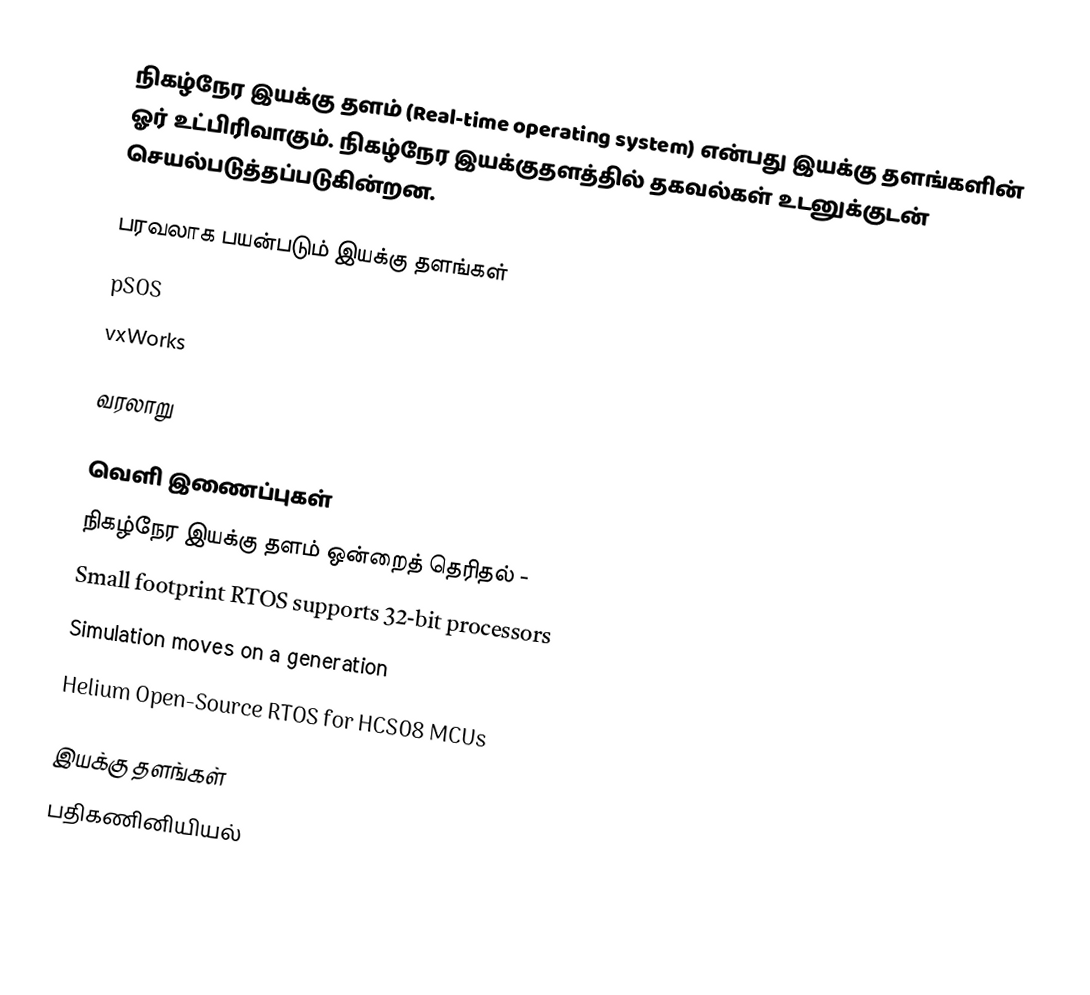
நிகழ்நேர இயக்கு தளம் (Real-time operating system) என்பது இயக்கு தளங்களின் ஓர் உட்பிரிவாகும்.  நிகழ்நேர இயக்குதளத்தில் தகவல்கள் உடனுக்குடன் செயல்படுத்தப்படுகின்றன.

பரவலாக பயன்படும் இயக்கு தளங்கள்
 pSOS
 vxWorks

வரலாறு

வெளி இணைப்புகள்
 நிகழ்நேர இயக்கு தளம் ஒன்றைத் தெரிதல்  -
 Small footprint RTOS supports 32-bit processors
 Simulation moves on a generation
 Helium Open-Source RTOS for HCS08 MCUs

இயக்கு தளங்கள்
பதிகணினியியல்